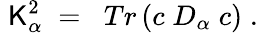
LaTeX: \; \mathsf{K}_{\alpha}^{2}\; =\; \; Tr\left(c\; D_{\alpha}\; c\right)\; .